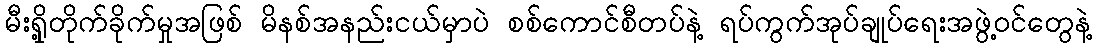
မီးရှို့တိုက်ခိုက်မှုအဖြစ် မိနစ်အနည်းငယ်မှာပဲ စစ်ကောင်စီတပ်နဲ့ ရပ်ကွက်အုပ်ချုပ်ရေးအဖွဲ့ဝင်တွေနဲ့